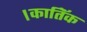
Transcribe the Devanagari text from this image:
।कातिॅक